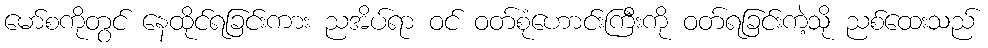
မော်စကိုတွင် နေထိုင်ရခြင်းကား ညအိပ်ရာ ဝင် ဝတ်စုံဟောင်းကြီးကို ဝတ်ရခြင်းကဲ့သို ညစ်ထေးသည်